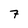
Character: 7